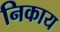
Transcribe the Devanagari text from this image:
निकाय